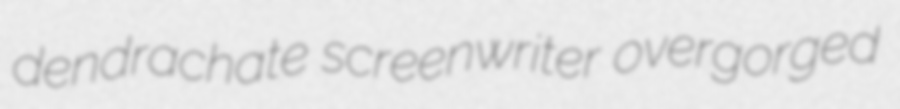
dendrachate screenwriter overgorged